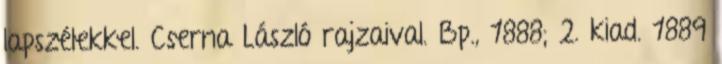
lapszélekkel. Cserna László rajzaival. Bp., 1888; 2. kiad. 1889